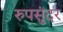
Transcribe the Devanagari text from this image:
रुपसुंदर